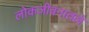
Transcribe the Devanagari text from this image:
लोकजीवनातले